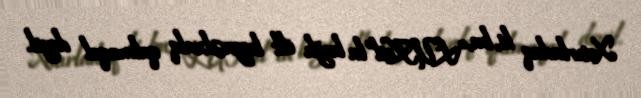
Xatırladaq ki, bu, “LUKoil”la bağlı ilk beynəlxalq qalmaqal deyil.